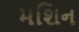
મશિન